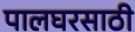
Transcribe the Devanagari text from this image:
पालघरसाठी